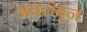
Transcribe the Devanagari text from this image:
अबलंबून